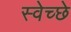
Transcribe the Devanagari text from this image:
स्वेच्छे